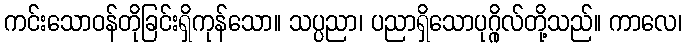
ကင်းသောဝန်တိုခြင်းရှိကုန်သော။ သပ္ပညာ၊ ပညာရှိသောပုဂ္ဂိုလ်တို့သည်။ ကာလေ၊